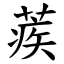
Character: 蒺